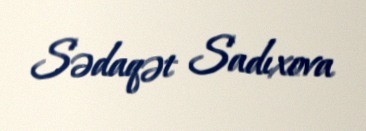
Sədaqət Sadıxova